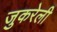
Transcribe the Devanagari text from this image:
जुकरेली